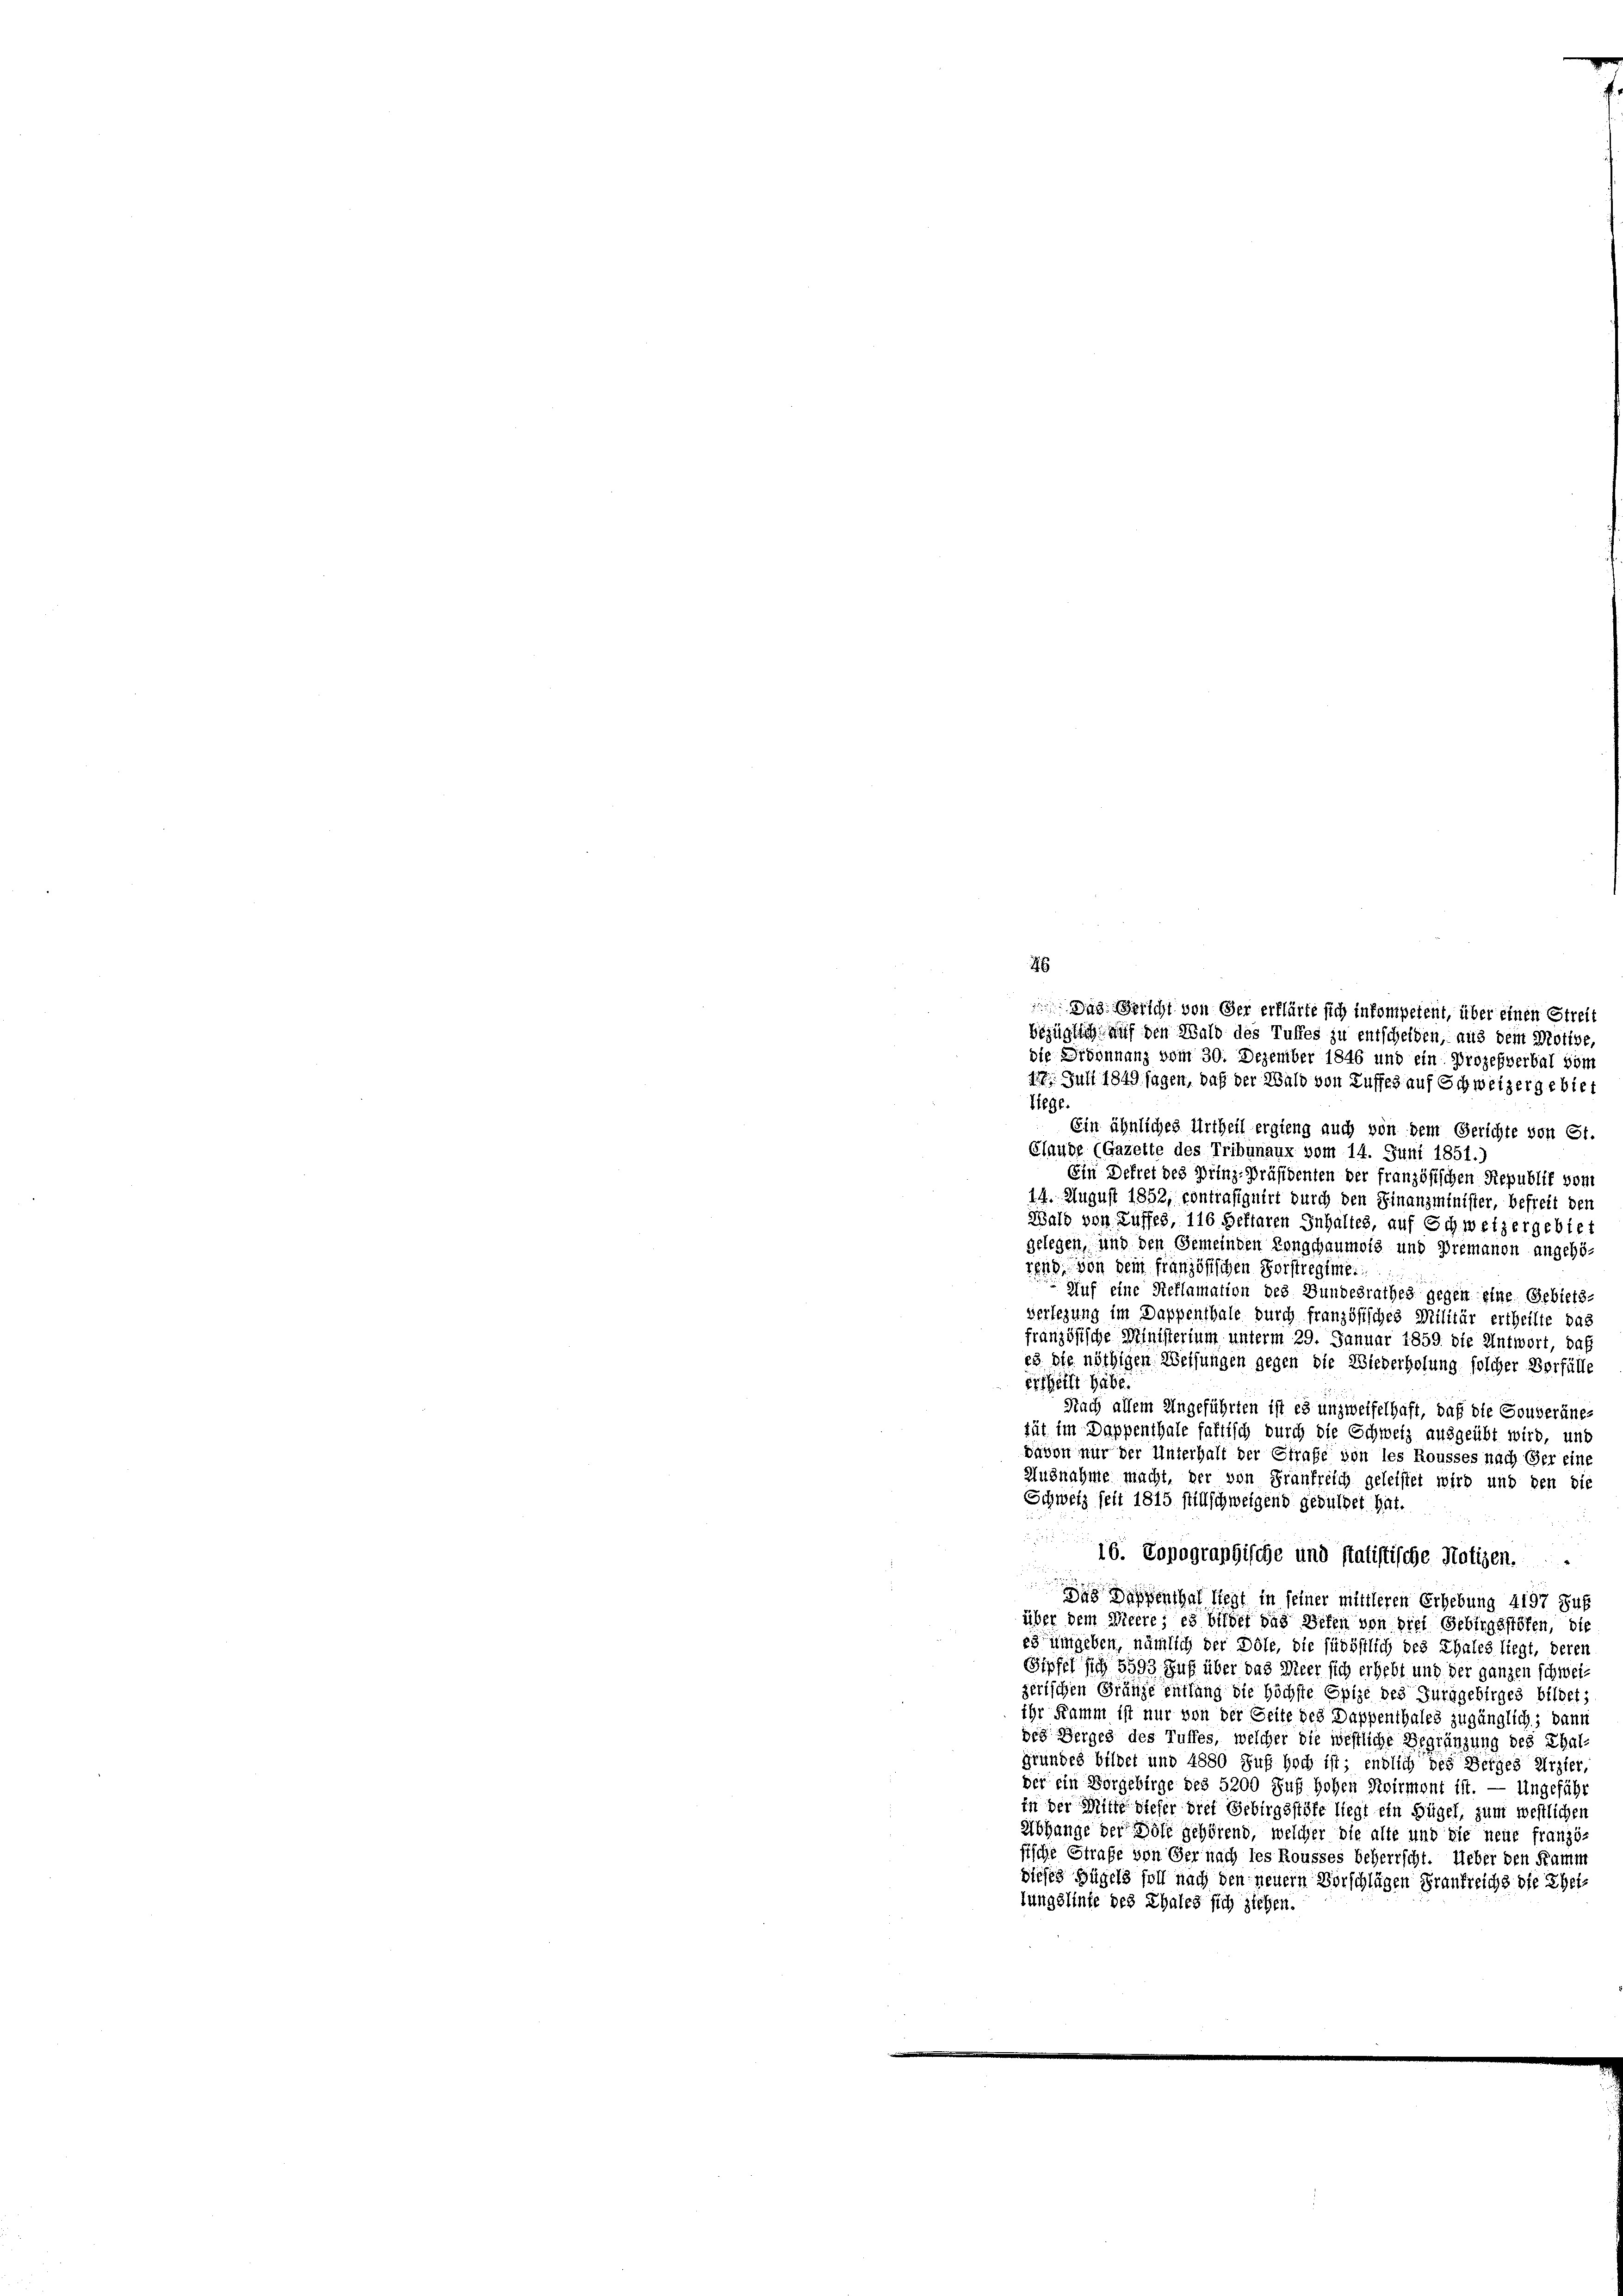
bezüglich auf den Wald des Tuffes zu entscheiden, aus dem Motive,
die Grönnnanz vom 30. Dezember 1846 und ein Prozeßverbal vom
117. Juli 1849 sagen, daß der Wald von Luffes auf Schweizergebiet
Liege.
Ein ähnliches Urtheil ergieng auch von dem Gerichte von 61.
Glaude (Gazette des Tribunaux vom 14. Juni 1851.)
Ein Dekret des Prinz-Präsidenten der französischen Republik vom
14. August 1852, contrasignirt durch den Finanzminister, befreit den
Wald von Kuffes, 116 heftaren Inhaltes, auf Schweizergebiet
gelegen, und den Gemeinden Kongchaumeis und Premanon angehö-
rend, von sein französischen Verstregime
Auf eine Reflamation des Bundesrathes gegen eine Gebiets
Verlegung im Dappenthale durch französisches Militär ertheilte das
französische Ministerium unterm 29. Januar 1859 die Antwort, daß
23 die nöthigen Weisungen gegen die Wiederholung solcher Verfülle
Ertheilt habe.
Nach allem Ungeführten ist es unzweifelhaft, daß die Gouveräne-
tüt im Dappenthale fattisch durch die Schweiz ausgeübt wird, und
davon nur der Unterhalt der Strafe von les Rousses nach Ger eine
Auznahme macht, der von Frankreich geleistet wird und den die
Schweiz seit 1815 stillschweigend geduldet hat.
16. Topographische und statistische Notizen.
2 x
u
Das Dappenthal liegt in seiner mittleren Erhebung 4197 Suf
über dem Vicere; es bilder das Defen von dies Gebirgsstöfen, die
es umgeben, nämlich der Dole, die südöstlich des Thales liegt, deren
Gipfel sich 5593 Fuß über das Meer sich erhebt und der ganzen schweizerischen Gränze entlang die Höchste Epize des Furggebirges bildet;
ihr Kamm ist nur von der Seite des Dappenthales zugänglich; dann
des Herges des Tuffes, welcher die westliche Begränzung des Thalgrundes bildet und 4880 Fuß hoch ist; endlich des Berges Erzier,
der ein Vorgebirge des 5200 Fuß hohen Svirmont ist. — Ungeführ
in der Mitte dieser drei Gebirgsstufe liegt ein Hügel, zum westlichen
Abhange der Dole gehörend, welcher die alte und die neue franzö-
sische Strafe von Ger nach les Rousses beherrscht. Ueber den Kamm
dieses Hügels soll nach den neuern Vorschlägen Frankreichs die Eheilungslinte des Thales sich ziehen.

46

Das Gericht von der erklärte sich inkompetent, über einen Streit